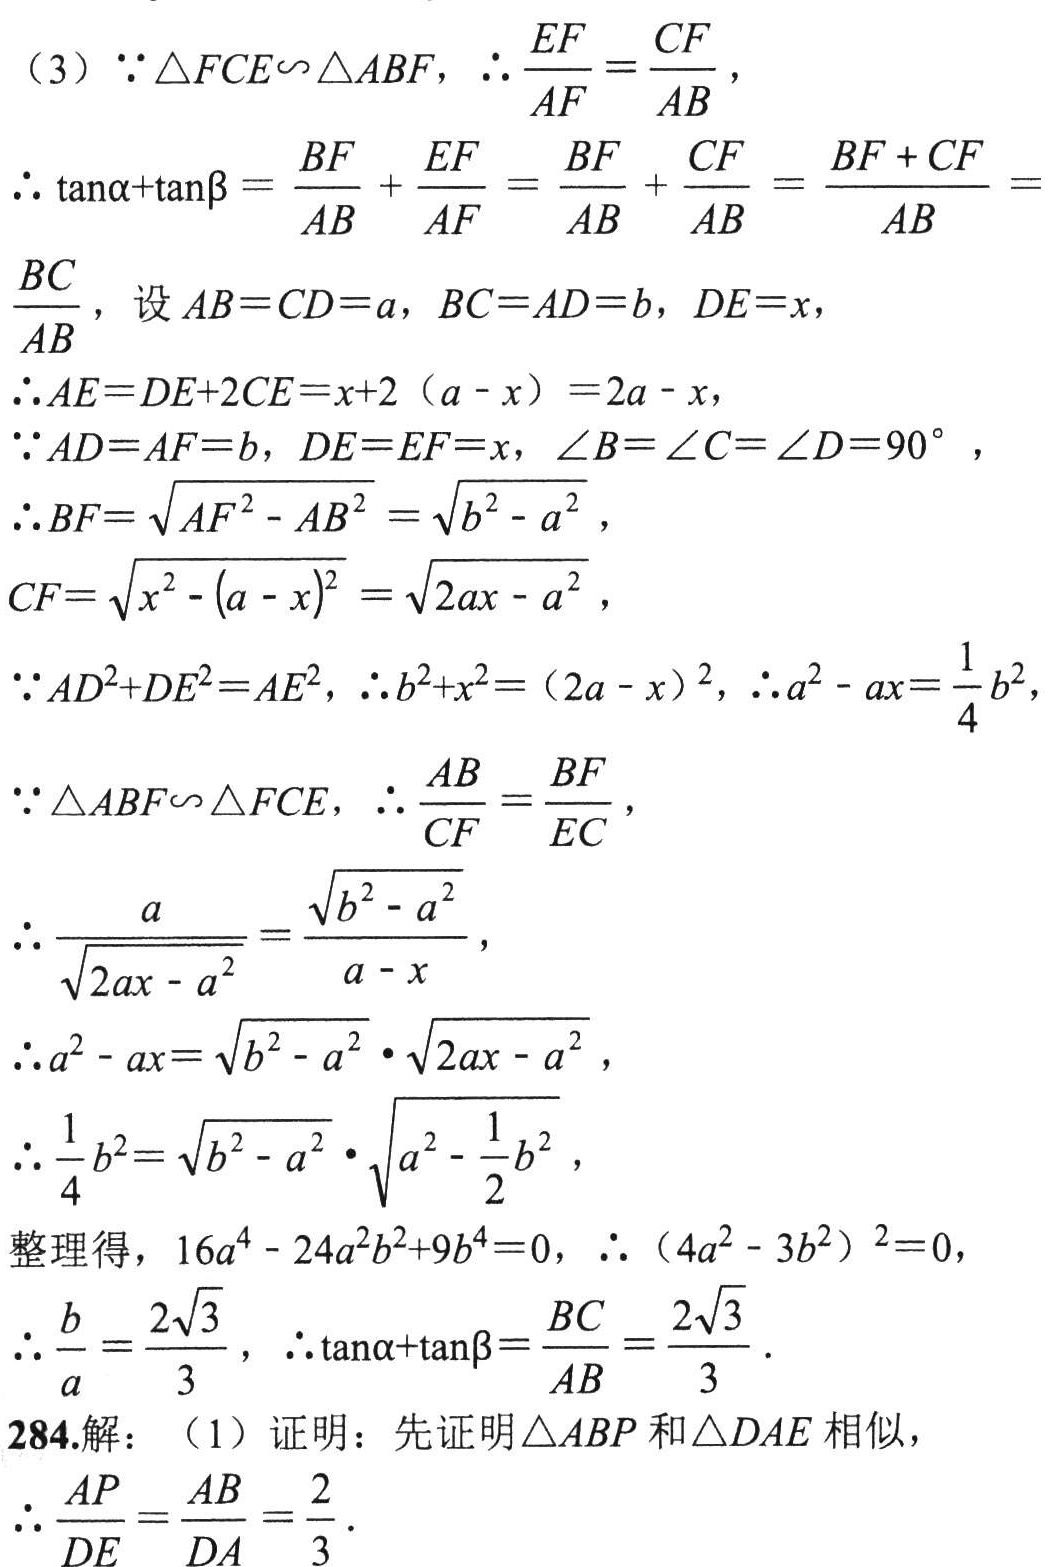
（3）\(\because\triangle FCE\sim\triangle ABF\)，\(\therefore\frac{EF}{AF}=\frac{CF}{AB}\)，

\(\therefore \tan\alpha+\tan\beta = \frac{BF}{AB} + \frac{EF}{AF} = \frac{BF}{AB} + \frac{CF}{AB} = \frac{BF + CF}{AB} =\frac{BC}{AB}\)，设\(AB = CD = a\)，\(BC = AD = b\)，\(DE = x\)，

\(\therefore AE=DE + 2CE=x + 2(a - x)=2a - x\)，

\(\because AD = AF = b\)，\(DE = EF = x\)，\(\angle B=\angle C=\angle D = 90^{\circ}\)，

\(\therefore BF=\sqrt{AF^{2}-AB^{2}}=\sqrt{b^{2}-a^{2}}\)，

\(CF=\sqrt{x^{2}-(a - x)^{2}}=\sqrt{2ax - a^{2}}\)，

\(\because AD^{2}+DE^{2}=AE^{2}\)，\(\therefore b^{2}+x^{2}=(2a - x)^{2}\)，\(\therefore a^{2}-ax=\frac{1}{4}b^{2}\)，

\(\because\triangle ABF\sim\triangle FCE\)，\(\therefore\frac{AB}{CF}=\frac{BF}{EC}\)，

\(\therefore\frac{a}{\sqrt{2ax - a^{2}}}=\frac{\sqrt{b^{2}-a^{2}}}{a - x}\)，

\(\therefore a^{2}-ax=\sqrt{b^{2}-a^{2}}\cdot\sqrt{2ax - a^{2}}\)，

\(\therefore\frac{1}{4}b^{2}=\sqrt{b^{2}-a^{2}}\cdot\sqrt{a^{2}-\frac{1}{2}b^{2}}\)，

整理得，\(16a^{4}-24a^{2}b^{2}+9b^{4}=0\)，\(\therefore(4a^{2}-3b^{2})^{2}=0\)，

\(\therefore\frac{b}{a}=\frac{2\sqrt{3}}{3}\)，\(\therefore\tan\alpha+\tan\beta=\frac{BC}{AB}=\frac{2\sqrt{3}}{3}\)．

284.解：（1）证明：先证明\(\triangle ABP\)和\(\triangle DAE\)相似，

\(\therefore\frac{AP}{DE}=\frac{AB}{DA}=\frac{2}{3}\)．